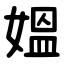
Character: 媼